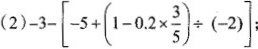
（2）$$-3-[-5+1﹙-0.2\times\frac{3}{5}）\div（-2）]$$；